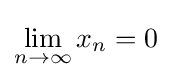
\lim _{n\to \infty }x_{n}=0